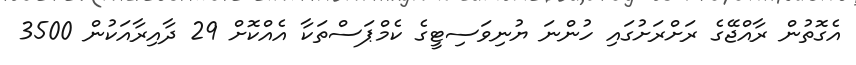
އެގޮތުން ރާއްޖޭގެ ރަށްރަށުގައި ހުންނަ ޔުނިވަސިޓީގެ ކެމްޕަސްތަކާ އެއްކޮށް 29 ދާއިރާއަކުން 3500